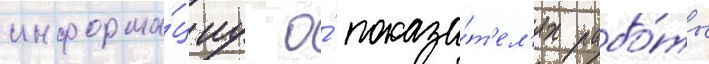
информа́циу о́ показа́т'ел'ях рабо́ты